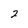
Character: 2